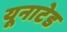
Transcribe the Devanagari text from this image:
यूनाटेड